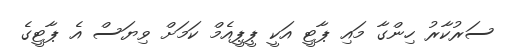
ސަރުކާރު ހިންގާ މައި ޕާޓީ އަކީ ޕީޕީއެމް ކަމަށް ވިޔަސް އެ ޕާޓީގެ